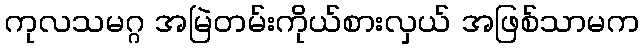
ကုလသမဂ္ဂ အမြဲတမ်းကိုယ်စားလှယ် အဖြစ်သာမက